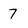
Character: 7